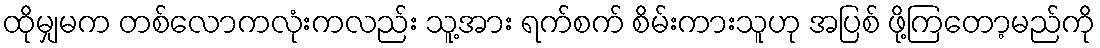
ထိုမျှမက တစ်လောကလုံးကလည်း သူ့အား ရက်စက် စိမ်းကားသူဟု အပြစ် ဖို့ကြတော့မည်ကို